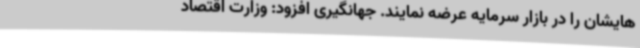
هایشان را در بازار سرمایه عرضه نمایند. جهانگیری افزود: وزارت اقتصاد